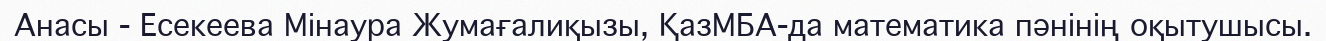
Анасы - Есекеева Мінаура Жумағалиқызы, ҚазМБА-да математика пәнінің оқытушысы.